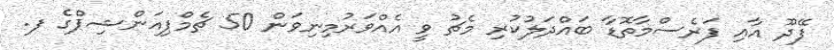
ފޭދޫ އާއި ފަރެސްމާތޮޑާ ބައްދަލުކުރި މެޗު ވީ އެއްވަރުމިނިވަން 50 ޗެމްޕިއަންޝިޕްގެ ފ.